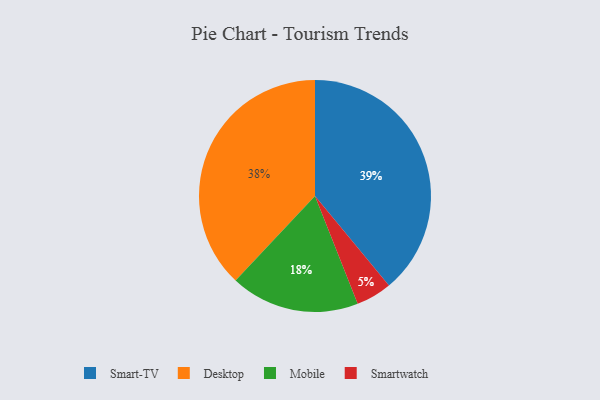
{"axis": {"x": "Category", "y": "Percentage"}, "legend": ["Desktop", "Mobile", "Smart-TV", "Smartwatch"], "data": [{"x": "Desktop", "y": 38, "type": "Desktop"}, {"x": "Smartwatch", "y": 5, "type": "Smartwatch"}, {"x": "Smart-TV", "y": 39, "type": "Smart-TV"}, {"x": "Mobile", "y": 18, "type": "Mobile"}]}